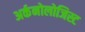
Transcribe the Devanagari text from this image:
अर्कनोलोजिस्ट